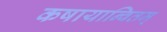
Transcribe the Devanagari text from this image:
कषायान्वितम्